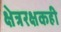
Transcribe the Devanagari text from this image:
क्षेत्ररक्षकही